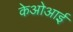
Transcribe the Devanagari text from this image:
केओआई